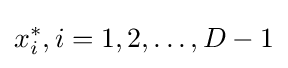
x_{i}^{*},i=1,2,\ldots ,D-1